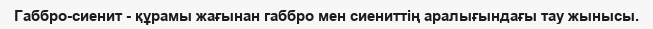
Габбро-сиенит - құрамы жағынан габбро мен сиениттің аралығындағы тау жынысы.